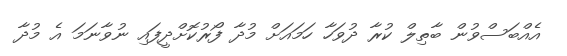
އެއްބަސްވުން ބާތިލް ކުރާ ދުވަހާ ހަމައަށް މުދާ ފޯރުކޮށްދީފައި ނުވާނަމަ އެ މުދާ